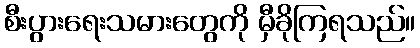
စီးပွားရေးသမားတွေကို မှီခိုကြရသည်။